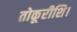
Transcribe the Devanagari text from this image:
तोकूरीशि।